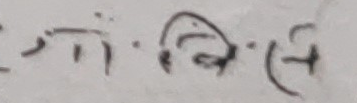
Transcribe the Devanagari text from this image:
३गा.नि.(१)